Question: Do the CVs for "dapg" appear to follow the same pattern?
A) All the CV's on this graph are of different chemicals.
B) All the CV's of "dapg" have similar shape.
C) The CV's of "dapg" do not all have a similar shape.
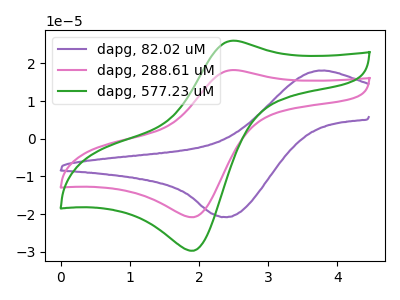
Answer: <think>The purple curve "dapg, 82.02 uM" has an anodic peak at (3.70V, 18.05uA) and a cathodic peak at (2.35V, -20.80uA). The pink curve "dapg, 288.61 uM" has an anodic peak at (2.50V, 18.20uA) and a cathodic peak at (1.95V, -20.80uA). The green curve "dapg, 577.23 uM" has an anodic peak at (2.50V, 26.00uA) and a cathodic peak at (1.95V, -29.70uA).
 "dapg, 82.02 uM" and "dapg, 288.61 uM" have at least one peak that do not match. "dapg, 82.02 uM" and "dapg, 577.23 uM" have at least one peak that do not match. All the peaks in "dapg, 288.61 uM" have a peak in "dapg, 577.23 uM" at the same potential. Every peak in "dapg, 288.61 uM" is lower than every peak in "dapg, 577.23 uM".</think>
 <answer>B) All the CV's of "dapg" have similar shape.</answer>
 <eval>B</eval>